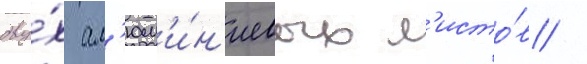
дву́х ал'юм'и́н'иевых л'исто́в /